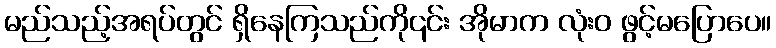
မည်သည့်အရပ်တွင် ရှိနေကြသည်ကို၎င်း အိုမာက လုံးဝ ဖွင့်မပြောပေ။